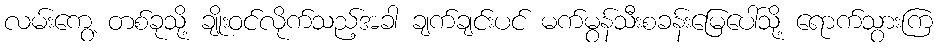
လမ်းကွေ့ တစ်ခုသို့ ချိုးဝင်လိုက်သည့်အခါ ချက်ချင်းပင် မက်မွန်သီးစခန်းမြေပေါ်သို့ ရောက်သွားကြ